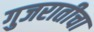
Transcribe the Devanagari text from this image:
गुजरातीचा